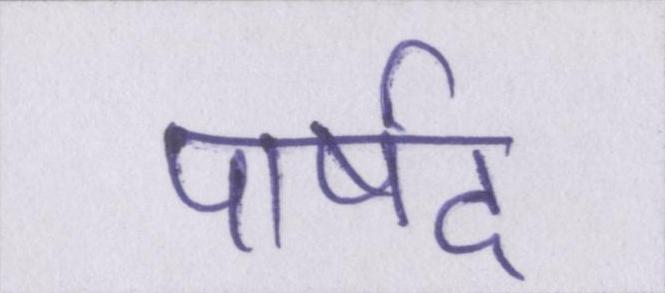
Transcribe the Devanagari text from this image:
पार्षद